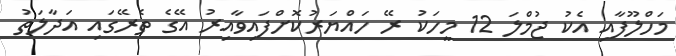
މަހްލޫފާއި އެކު ޖުމްލަ 12 މީހަކު ރޭ ހައްޔަރުކޮށްފައިވާއިރު އޭގެ ތެރޭގައި އަދާލަތު